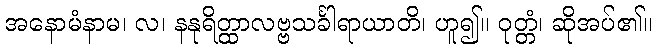
အနောမံနာမ၊ လ၊ နနုရိတ္ထာလဗ္ဗသင်္ခါရာယာတိ၊ ဟူ၍။ ဝုတ္တံ၊ ဆိုအပ်၏။